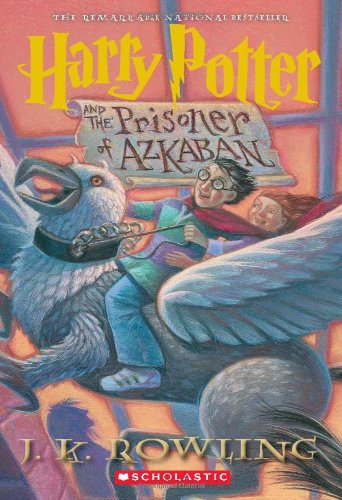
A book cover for Harry Potter and the Prisoner of Azkaban; J.K. Rowling; Teen & Young Adult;